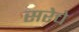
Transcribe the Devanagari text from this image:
सरेचे